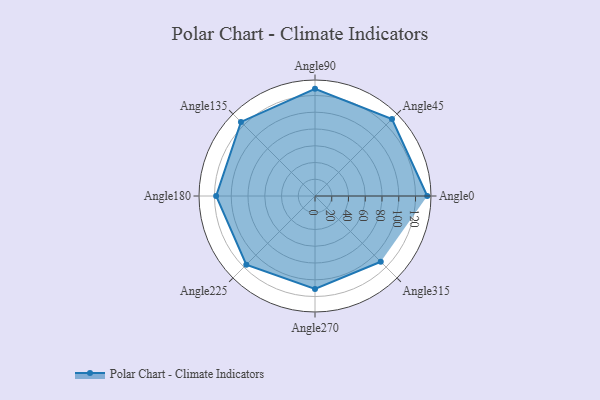
{"axis": {"x": "Angle", "y": "Radius"}, "legend": [""], "data": [{"x": "Angle0", "y": 134.0, "type": ""}, {"x": "Angle45", "y": 130.0, "type": ""}, {"x": "Angle90", "y": 128.0, "type": ""}, {"x": "Angle135", "y": 125.0, "type": ""}, {"x": "Angle180", "y": 118.0, "type": ""}, {"x": "Angle225", "y": 116.0, "type": ""}, {"x": "Angle270", "y": 111.0, "type": ""}, {"x": "Angle315", "y": 111.0, "type": ""}]}